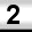
Digit: 2